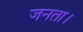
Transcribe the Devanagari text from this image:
जनता।